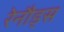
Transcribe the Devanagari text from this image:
रेनौड्स